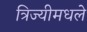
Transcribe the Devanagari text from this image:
त्रिज्यीमधले